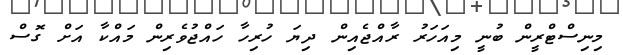
މިނިސްޓްރީން ބުނީ މިއަހަރު ރާއްޖެއިން ދިޔަ ހުރިހާ ހައްޖުވެރިން މައްކާ އަށް ގޮސް